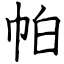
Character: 帕